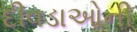
દીવડાઓની